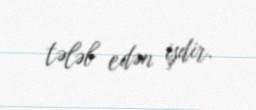
tələb edən işdir.